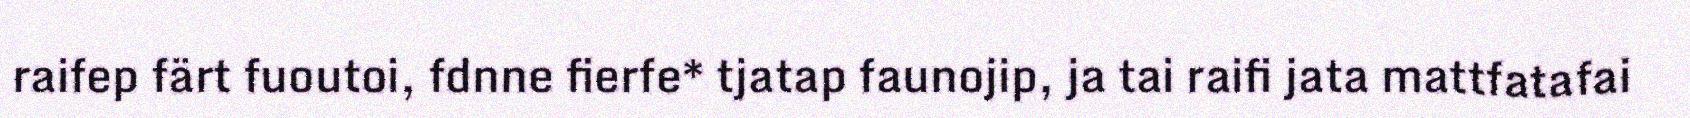
raifep färt fuoutoi, fdnne fierfe* tjatap faunojip, ja tai raifi jata mattfatafai